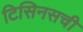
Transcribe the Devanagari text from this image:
टिसिनसची